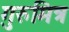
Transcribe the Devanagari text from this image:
गुरुमित्र